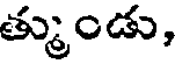
త్ముండు,